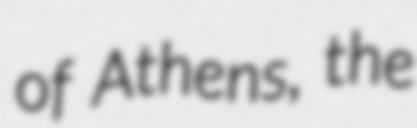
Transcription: of Athens, the